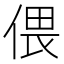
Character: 偎